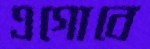
এগোবে